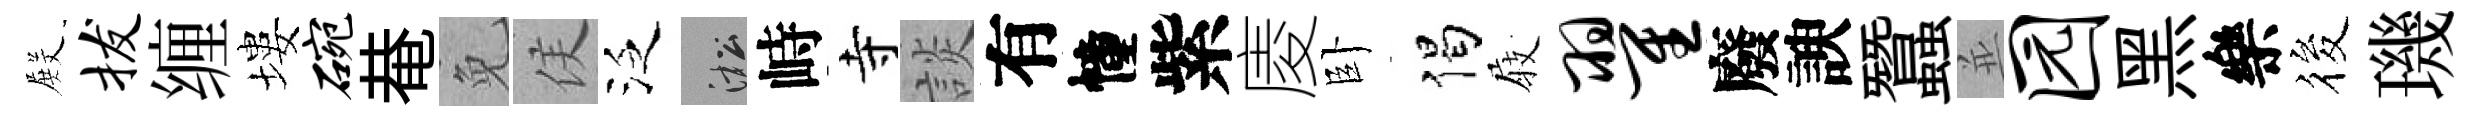
𭮺拔缠塿碗𤲅免侯泛淞峙寺談有幢紫庱卧偈𡲆翟廢諛蠶並园黑樂筱璣